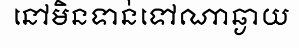
នៅមិនទាន់ទៅណាឆ្ងាយ